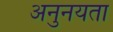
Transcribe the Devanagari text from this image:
अनुनयता